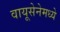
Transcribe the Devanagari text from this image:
वायूसेनेमध्ये